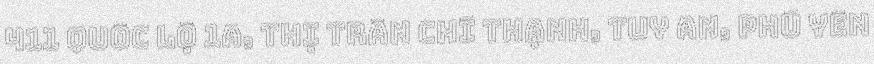
411 quốc lộ 1a, thị trấn chí thạnh, tuy an, phú yên